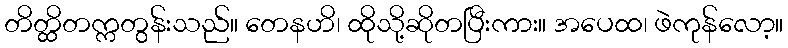
တိတ္ထိတက္ကတွန်းသည်။ တေနဟိ၊ ထိုသို့ဆိုတပြီးကား။ အပေထ၊ ဖဲကုန်လော့။